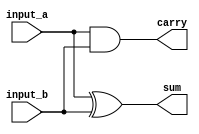
module half_adder(sum, carry, input_a, input_b);
  output  sum;        // add reg for behavioural modelling
  output  carry;      // add reg for behavioural modelling
  input   input_a;
  input   input_b;

xor the_sum(sum, input_a, input_b);
and the_carry(carry, input_a, input_b);

/* Dataflow modelling 
 * assign sum = input_a ^ input_b;
 * assign carry = input_a & input_b;
 */

/* Behavioral modelling
 * always @ (input_a or input_b)
 * begin
 *   if (input_a == 0 && input_b == 0)
 *   begin
 *     sum   = 0;
 *     carry = 0;
 *   end
 *   else if (input_a == 0 && input_b == 1)
 *   begin
 *     sum   = 1;
 *     carry = 0;
 *   end
 *   else if (input_a == 1 && input_b == 0)
 *   begin
 *     sum   = 1;
 *     carry = 0;
 *   end
 *   else if (input_a == 1 && input_b == 1)
 *   begin
 *     sum   = 0;
 *     carry = 1;
 *   end
 * end
 */

endmodule